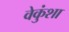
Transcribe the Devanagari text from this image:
वेकुंशा